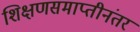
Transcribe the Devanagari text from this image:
शिक्षणसमाप्तीनंतर